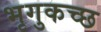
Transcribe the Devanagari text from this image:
भृगुकच्छ